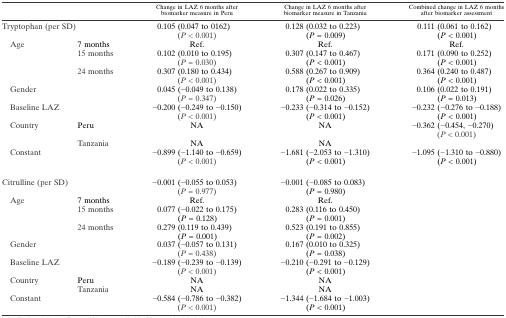
<table><thead><tr><td colspan="2"><b> </b></td><td><b>Change in LAZ 6 months after biomarker measure in Peru</b></td><td><b>Change in LAZ 6 months after biomarker measure in Tanzania</b></td><td><b>Combined change in LAZ 6 months after biomarker assessment</b></td></tr></thead><tbody><tr><td>Tryptophan (per SD)</td><td> </td><td>0.105 (0.047 to 0.162) (<i>P</i> &lt; 0.001)</td><td>0.128 (0.032 to 0.223) (<i>P</i> = 0.009)</td><td>0.111 (0.061 to 0.162) (<i>P</i> &lt; 0.001)</td></tr><tr><td rowspan="3"> Age</td><td>7 months</td><td>Ref.</td><td>Ref.</td><td>Ref.</td></tr><tr><td>15 months</td><td>0.102 (0.010 to 0.195) (<i>P</i> = 0.030)</td><td>0.307 (0.147 to 0.467) (<i>P</i> &lt; 0.001)</td><td>0.171 (0.090 to 0.252) (<i>P</i> &lt; 0.001)</td></tr><tr><td>24 months</td><td>0.307 (0.180 to 0.434) (<i>P</i> &lt; 0.001)</td><td>0.588 (0.267 to 0.909) (<i>P</i> &lt; 0.001)</td><td>0.364 (0.240 to 0.487) (<i>P</i> &lt; 0.001)</td></tr><tr><td> Gender</td><td> </td><td>0.045 (−0.049 to 0.138) (<i>P</i> = 0.347)</td><td>0.178 (0.022 to 0.335) (<i>P</i> = 0.026)</td><td>0.106 (0.022 to 0.191) (<i>P</i> = 0.013)</td></tr><tr><td> Baseline LAZ</td><td> </td><td>−0.200 (−0.249 to −0.150) (<i>P</i> &lt; 0.001)</td><td>−0.233 (−0.314 to −0.152) (<i>P</i> &lt; 0.001)</td><td>−0.232 (−0.276 to −0.188) (<i>P</i> &lt; 0.001)</td></tr><tr><td rowspan="2"> Country</td><td>Peru</td><td>NA</td><td>NA</td><td>−0.362 (−0.454, −0.270) (<i>P</i> &lt; 0.001)</td></tr><tr><td>Tanzania</td><td>NA</td><td>NA</td><td> </td></tr><tr><td> Constant</td><td> </td><td>−0.899 (−1.140 to −0.659) (<i>P</i> &lt; 0.001)</td><td>−1.681 (−2.053 to −1.310) (<i>P</i> &lt; 0.001)</td><td>−1.095 (−1.310 to −0.880) (<i>P</i> &lt; 0.001)</td></tr><tr><td colspan="5"> </td></tr><tr><td>Citrulline (per SD)</td><td> </td><td>−0.001 (−0.055 to 0.053) (<i>P</i> = 0.977)</td><td>−0.001 (−0.085 to 0.083) (<i>P</i> = 0.980)</td><td> </td></tr><tr><td rowspan="3"> Age</td><td>7 months</td><td>Ref.</td><td>Ref.</td><td> </td></tr><tr><td>15 months</td><td>0.077 (−0.022 to 0.175) (<i>P</i> = 0.128)</td><td>0.283 (0.116 to 0.450) (<i>P</i> = 0.001)</td><td> </td></tr><tr><td>24 months</td><td>0.279 (0.119 to 0.439) (<i>P</i> = 0.001)</td><td>0.523 (0.191 to 0.855) (<i>P</i> = 0.002)</td><td> </td></tr><tr><td> Gender</td><td> </td><td>0.037 (−0.057 to 0.131) (<i>P</i> = 0.438)</td><td>0.167 (0.010 to 0.325) (<i>P</i> = 0.038)</td><td> </td></tr><tr><td> Baseline LAZ</td><td> </td><td>−0.189 (−0.239 to −0.139) (<i>P</i> &lt; 0.001)</td><td>−0.210 (−0.291 to −0.129) (<i>P</i> &lt; 0.001)</td><td> </td></tr><tr><td rowspan="2"> Country</td><td>Peru</td><td>NA</td><td>NA</td><td> </td></tr><tr><td>Tanzania</td><td>NA</td><td>NA</td><td> </td></tr><tr><td> Constant</td><td> </td><td>−0.584 (−0.786 to −0.382) (<i>P</i> &lt; 0.001)</td><td>−1.344 (−1.684 to −1.003) (<i>P</i> &lt; 0.001)</td><td> </td></tr></tbody></table>